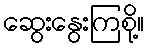
ဆွေးနွေးကြစို့။